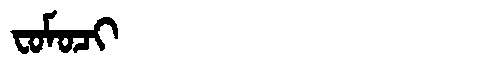
Manchu: ᠸᠣᠮᠣᠴᡳ
Romanization: FOMOCI